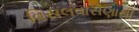
વિસલવાસણાથી